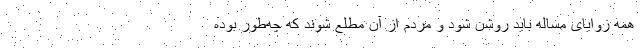
همه زوایای مساله باید روشن شود و مردم از آن مطلع شوند که چه‌طور بوده